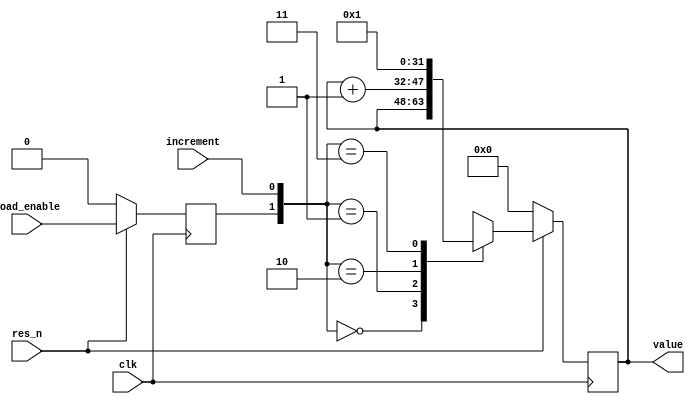
module openhmc_counter48 #(
        parameter DATASIZE  = 16    // width of the counter, must be <=48 bits!
    ) (
        input wire                  clk,
        input wire                  res_n,
        input wire                  increment,
        input wire                  load_enable,
        output wire [DATASIZE-1:0]  value
);

    reg [DATASIZE-1:0]  value_reg;
    reg                 load_enable_reg;

    assign value    = value_reg;

    `ifdef ASYNC_RES
    always @(posedge clk or negedge res_n) `else
    always @(posedge clk) `endif
    begin
        if(!res_n) begin
            value_reg               <= {DATASIZE{1'b0}};
            load_enable_reg         <= 1'b0;
        end else begin
            load_enable_reg         <= load_enable;
            case ({load_enable_reg,increment})
                    2'b00:
                        value_reg   <= value_reg;
                    2'b01:
                        value_reg   <= (value_reg + 1'b1);
                    2'b10:
                        value_reg   <= {DATASIZE{1'b0}};
                    2'b11:
                        value_reg   <= {DATASIZE{1'b0}} + 1'b1;
            endcase
        end
    end

endmodule